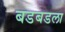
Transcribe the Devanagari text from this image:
बडबडला